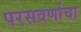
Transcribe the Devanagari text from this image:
परसवर्णाचा